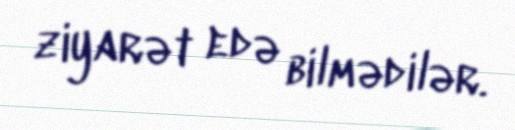
ziyarət edə bilmədilər.